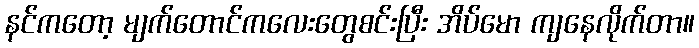
နင်ကတော့ မျက်တောင်ကလေးတွေစင်းပြီး အိပ်မော ကျနေလိုက်တာ။